Civil Veterinary Department Bihar & Orissa reports 1929-36 - 1929-1936
Year: 1929
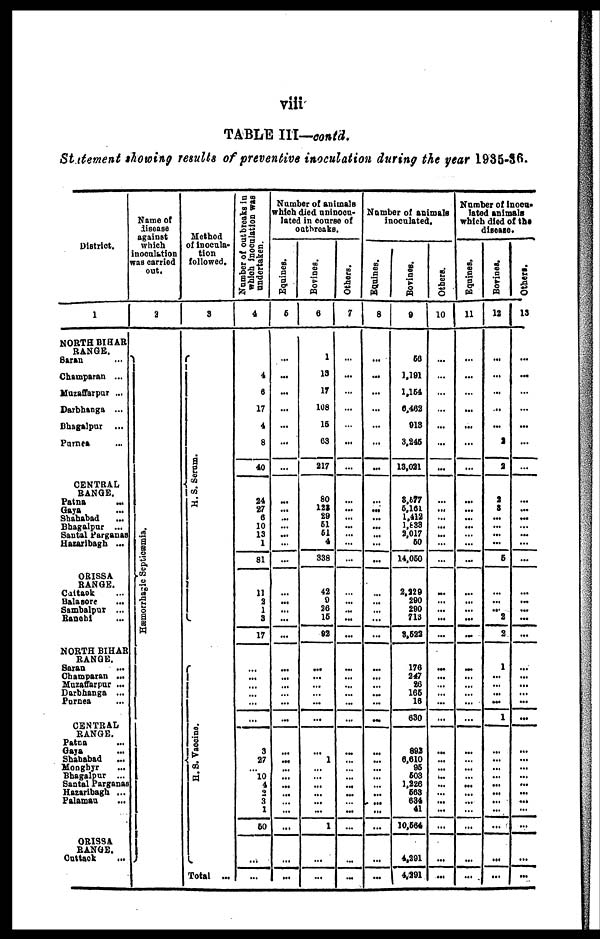
viii
TABLE
III—contd.
Statement
showing
results
of preventive
inoculation
during
the year
1935-36.
District.
1
NORTH BIHAR
RANGE.
Saran ...
Champaran ...
Muzaffarpur ...
Darbhanga ...
Bhagalpur
...
Purnea ...
CENTRAL
RANGE.
Patna
...
Gaya ...
Shahabad ...
Bhagalpur ...
Santal Parganas
Hazaribagh ...
ORISSA
RANGE.
Cattck ...
Balasore ...
Sambalpur ...
Banebi ...
NORTH BIHAR
RANGE.
Saran
...
Champaran ...
Mazaffarpur ...
Darbhanga ...
Purnea ...
CENTRAL
RANGE.
Patna ...
Gaya
...
Shahabad ...
Monghyr ...
Bhagalpur ...
Santal Parganas
Hataribagh ...
Palaman ...
ORISSA
RANGE.
Cuttck ...
Name of
disease
against
which
inoculation
was carried
out.
2
Hæmorrhagic Se pt i
c æmi a .
Method
of inocula-
tion
followed.
3
H. S. Se r
um.
H. S. Vacci ne.
Total ...
Number of outbreaks in
which inoculation was
undertaken.
4
4
6
17
4
8
40
34
27
6
10
13
1
81
11
2
1
3
17
...
...
...
...
...
...
3
27
...
10
4
2
3
1
60
...
...
Number of animals
which died unincon-
lated in course of
outbreaks.
Equines.
6
...
...
...
...
...
...
...
...
...
...
...
...
...
...
...
...
...
...
...
...
...
...
...
...
...
...
...
...
...
...
...
...
...
...
...
Bovines.
6
1
13
17
108
16
63
217
80
123
29
61
61
4
338
42
9
36
16
92
...
...
...
...
...
...
1
...
...
...
...
...
...
1
...
...
Others.
7
...
...
...
...
...
...
...
...
...
...
...
...
...
...
...
...
...
...
...
...
...
...
...
...
...
...
...
...
...
...
...
...
...
...
...
...
Number of animals
inoculated.
Equines.
8
...
...
...
...
...
...
...
...
...
...
...
...
...
...
...
...
...
...
...
...
...
...
...
...
...
...
...
...
...
...
...
...
...
...
...
...
Bovines.
9
66
1,191
1,154
6,462
913
3,246
13,021
3,677
5,161
1,412
1,838
3,017
60
14,060
3,229
290
290
713
8,633
176
347
26
165
10
...
892
6,610
96
603
1,226
568
634
41
10,604
4,291
4,291
Others.
10
...
...
...
...
...
...
...
...
...
...
...
...
...
...
...
...
...
...
...
...
...
...
...
...
...
...
...
...
...
...
...
...
...
...
Number of inocu-
lated animals
which died of the
disease.
Equines.
11
...
...
...
...
...
...
...
...
...
...
...
...
...
...
...
...
...
...
...
...
...
...
...
...
...
...
...
...
...
...
...
...
...
...
...
...
Bovines.
12
...
...
...
...
...
3
2
3
8
...
...
...
...
6
...
...
...
3
2
1
...
...
...
...
...
...
...
...
...
...
...
...
...
...
...
Others.
13
...
...
...
...
...
...
...
...
...
...
...
...
...
...
...
...
...
...
...
...
...
...
...
...
...
...
...
...
...
... ...
...
...
...
...
...